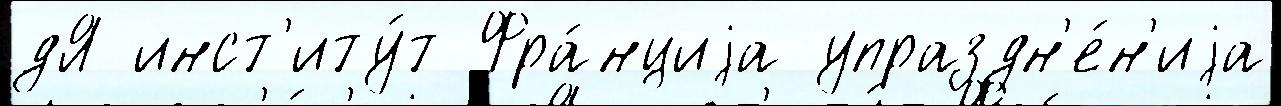
дЯ инст'иту́т Фра́нциjа упраздн'е́н'иjа